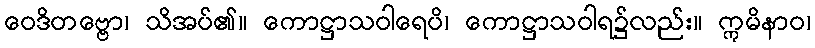
ဝေဒိတဗ္ဗော၊ သိအပ်၏။ ကောဋ္ဌာသဝါရေပိ၊ ကောဋ္ဌာသဝါရ၌လည်း။ ဣမိနာဝ၊